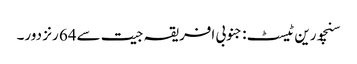
سنچورین ٹیسٹ: جنوبی افریقہ جیت سے64 رنز دور۔